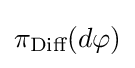
\pi _{\text{Diff}}(d\varphi )